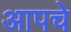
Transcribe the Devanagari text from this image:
आपचे